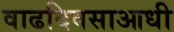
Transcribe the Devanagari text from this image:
वाढदिवसाआधी